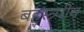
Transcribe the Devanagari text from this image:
बहुस्त्र्पीय